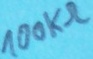
Text: 100KΩ